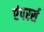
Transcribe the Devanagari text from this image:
एंपरर्स